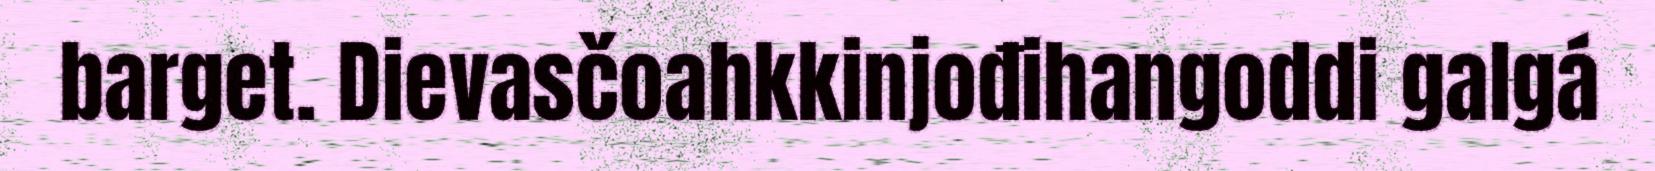
barget. Dievasčoahkkinjođihangoddi galgá